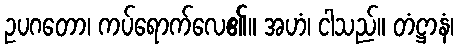
ဥပဂတော၊ ကပ်ရောက်လေ၏။ အဟံ၊ ငါသည်။ တံဋ္ဌာနံ၊